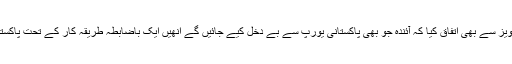
یورپی کمشنر نے اس پاکستانی تجویز سے بھی اتفاق کیا کہ آئندہ جو بھی پاکستانی یورپ سے بے دخل کیے جائیں گے انھیں ایک باضابطہ طریقہ کار کے تحت پاکستان لانے کا بندوبست کیا جائے گا۔